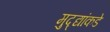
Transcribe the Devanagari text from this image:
मुद्‍द्यांकडे